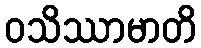
ဝသိဿာမာတိ